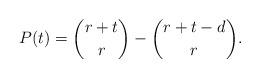
LaTeX: \begin{align*}P(t)=\binom{r+t}{r}-\binom{r+t-d}{r}.\end{align*}